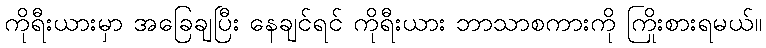
ကိုရီးယားမှာ အခြေချပြီး နေချင်ရင် ကိုရီးယား ဘာသာစကားကို ကြိုးစားရမယ်။